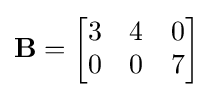
\mathbf {B} ={\begin{bmatrix}3&4&0\\0&0&7\\\end{bmatrix}}